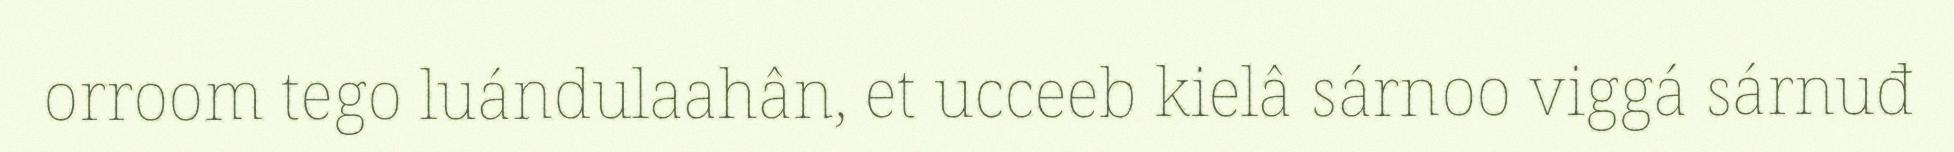
orroom tego luándulaahân, et ucceeb kielâ sárnoo viggá sárnuđ